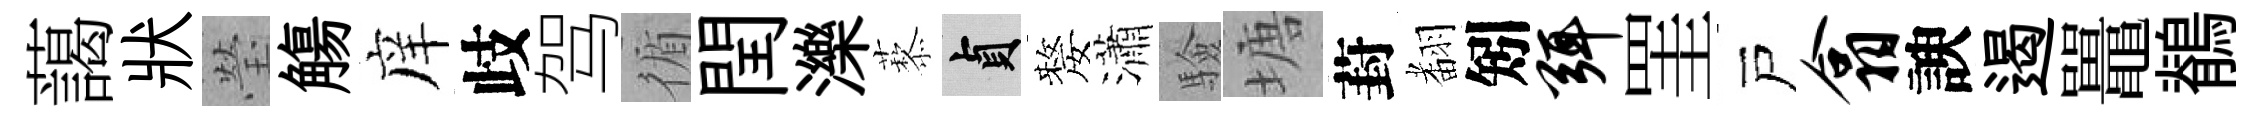
藹狀瑩觴庠歧驾循閏濼藜貞嫠瀟驗塘葑𮋒矧弭罣戸翕諛遏鼉鶺